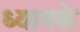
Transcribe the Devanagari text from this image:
ध्यानके